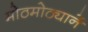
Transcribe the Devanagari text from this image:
मोठमोठ्यानें